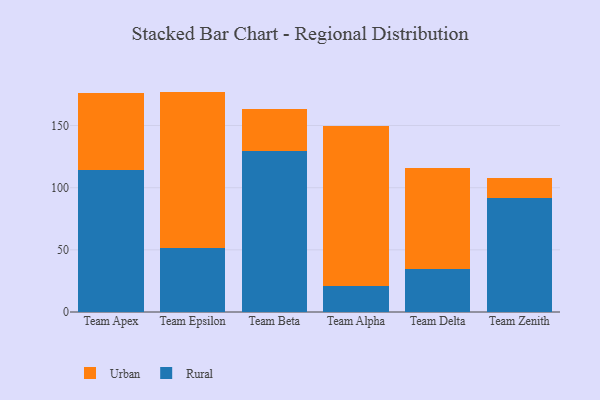
{"axis": {"x": "Team", "y": "Page Views"}, "legend": ["Rural", "Urban"], "data": [{"x": "Team Apex", "y": 114.5, "type": "Rural"}, {"x": "Team Apex", "y": 61.6, "type": "Urban"}, {"x": "Team Epsilon", "y": 51.4, "type": "Rural"}, {"x": "Team Epsilon", "y": 125.9, "type": "Urban"}, {"x": "Team Beta", "y": 129.6, "type": "Rural"}, {"x": "Team Beta", "y": 33.9, "type": "Urban"}, {"x": "Team Alpha", "y": 21.3, "type": "Rural"}, {"x": "Team Alpha", "y": 128.6, "type": "Urban"}, {"x": "Team Delta", "y": 34.4, "type": "Rural"}, {"x": "Team Delta", "y": 81.4, "type": "Urban"}, {"x": "Team Zenith", "y": 91.7, "type": "Rural"}, {"x": "Team Zenith", "y": 16.4, "type": "Urban"}]}